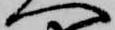
へ